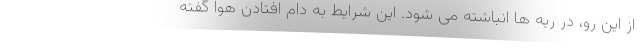
از این رو، در ریه ها انباشته می شود. این شرایط به دام افتادن هوا گفته